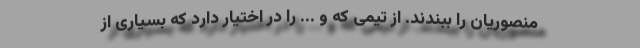
منصوریان را ببندند. از تیمی که و ... را در اختیار دارد که بسیاری از